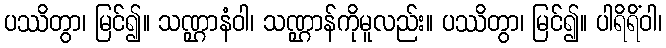
ပဿိတွာ၊ မြင်၍။ သဏ္ဌာနံဝါ၊ သဏ္ဌာန်ကိုမူလည်း။ ပဿိတွာ၊ မြင်၍။ ပါရိရိံဝါ၊